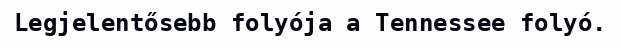
Legjelentősebb folyója a Tennessee folyó.